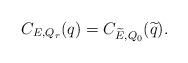
LaTeX: \begin{align*}C_{E,Q_r}(q)=C_{\widetilde{E},Q_0} (\widetilde{q}).\end{align*}